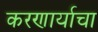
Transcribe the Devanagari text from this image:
करणार्याचा